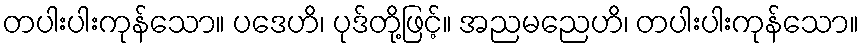
တပါးပါးကုန်သော။ ပဒေဟိ၊ ပုဒ်တို့ဖြင့်။ အညမညေဟိ၊ တပါးပါးကုန်သော။